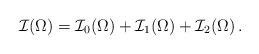
LaTeX: \begin{align*}\mathcal{I}(\Omega)=\mathcal{I}_0(\Omega)+\mathcal{I}_1(\Omega)+\mathcal{I}_2(\Omega)\,.\end{align*}